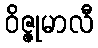
ဝိဇ္ဇုမာလီ